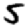
Digit: 5